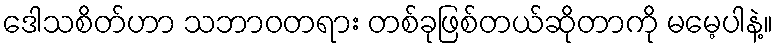
ဒေါသစိတ်ဟာ သဘာဝတရား တစ်ခုဖြစ်တယ်ဆိုတာကို မမေ့ပါနဲ့။